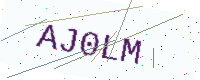
Text: AJ0LM